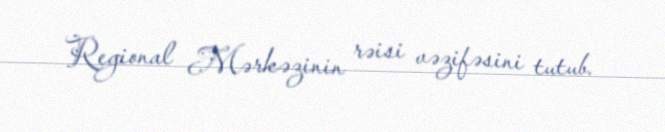
Regional Mərkəzinin rəisi vəzifəsini tutub.